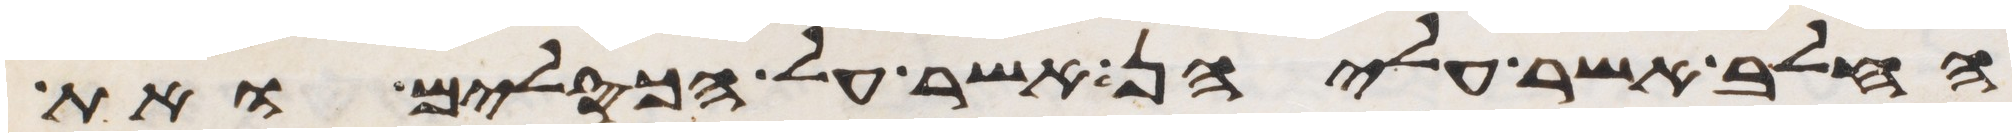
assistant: החלב אשר עליהן אשר על הכסלים ואת